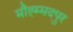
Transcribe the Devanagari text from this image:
मौह्म्मदपुर